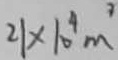
2 1 \times 1 0 ^ { 4 } m ^ { 3 }